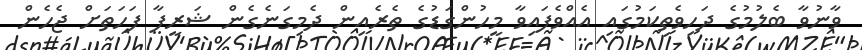
ވާނުވާ ބެލުމުގެ ދަހިވެތިކަމުގައި އެއްވެފައިވާ މީހުންގަޑުގެ ތެރެއިން ދެމިގަނެގެން ޝަރީފާ ފަހަތަށް ޖެހެން